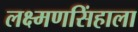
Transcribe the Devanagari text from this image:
लक्ष्मणसिंहाला